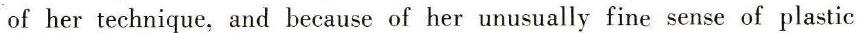
of her technique, and because of her unusually fine sense of plastic